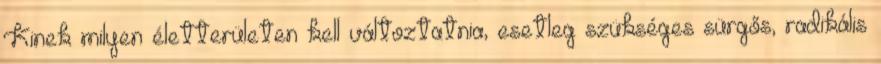
Kinek milyen életterületen kell változtatnia, esetleg szükséges sürgős, radikális